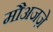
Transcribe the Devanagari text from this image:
मौअजज़े